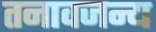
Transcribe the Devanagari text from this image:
तनावजन्य